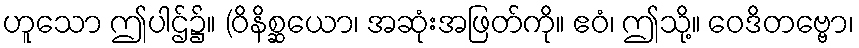
ဟူသော ဤပါဌ်၌။ (ဝိနိစ္ဆယော၊ အဆုံးအဖြတ်ကို။ ဧဝံ၊ ဤသို့။ ဝေဒိတဗ္ဗော၊